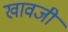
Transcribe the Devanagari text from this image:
खावजी